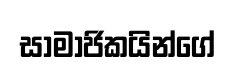
සාමාජිකයින්ගේ